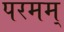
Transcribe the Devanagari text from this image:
परमम्